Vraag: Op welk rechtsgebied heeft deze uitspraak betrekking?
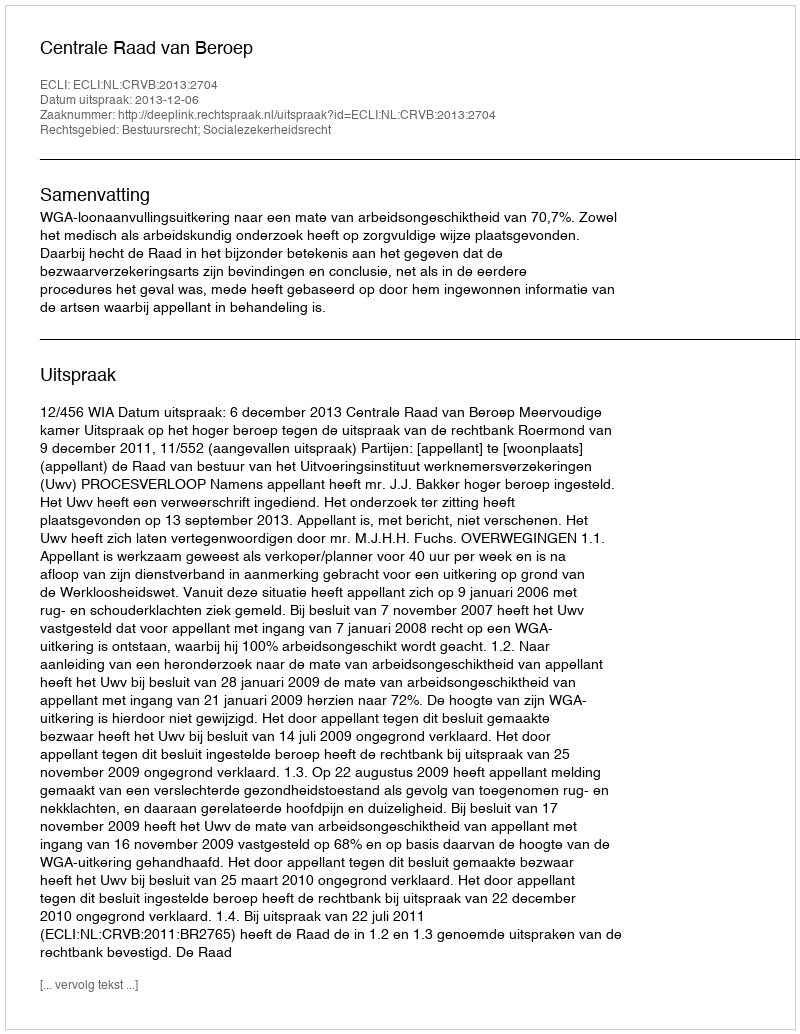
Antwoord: Bestuursrecht; Socialezekerheidsrecht